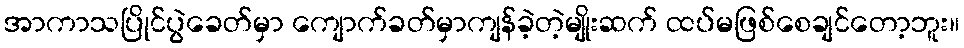
အာကာသပြိုင်ပွဲခေတ်မှာ ကျောက်ခတ်မှာကျန်ခဲ့တဲ့မျိုးဆက် ထပ်မဖြစ်စေချင်တော့ဘူး။